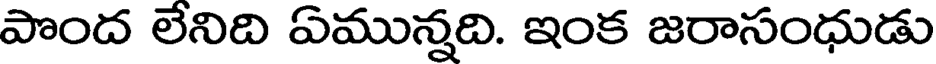
పొంద లేనిది ఏమున్నది. ఇంక జరాసంధుడు